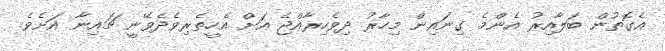
އެގޮތުން ބަލާއިރު އެންމެ ގިނައިން މިހާރު ދިވެހިރާއްޖެ އަށް އެހީތެރިވެދެވޭނީ ޗައިނާ އަށެވެ.